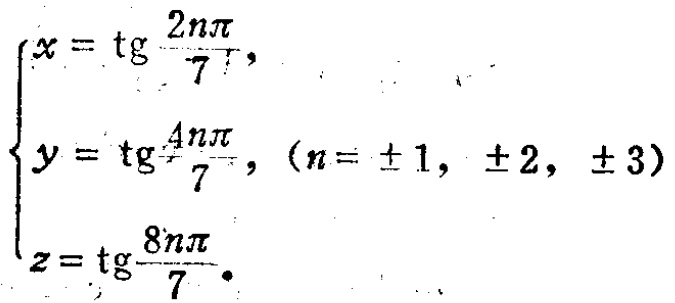
$\begin{cases}
x = \tg\frac{2n\pi}{7},\\
y = \tg\frac{4n\pi}{7},(n = \pm1,\pm2,\pm3)\\
z = \tg\frac{8n\pi}{7}.
\end{cases}$